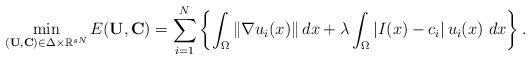
LaTeX: \begin{align*} \min_{(\mathbf{U},\mathbf{C})\in \Delta\times\mathbb{R}^{sN}} E(\mathbf{U},\mathbf{C})=\sum_{i=1}^N\left\{\int_\Omega\left\|\nabla u_i(x)\right\|dx + \lambda\int_\Omega \left|I(x) - c_i\right|u_i(x) \ dx\right\}. \end{align*}